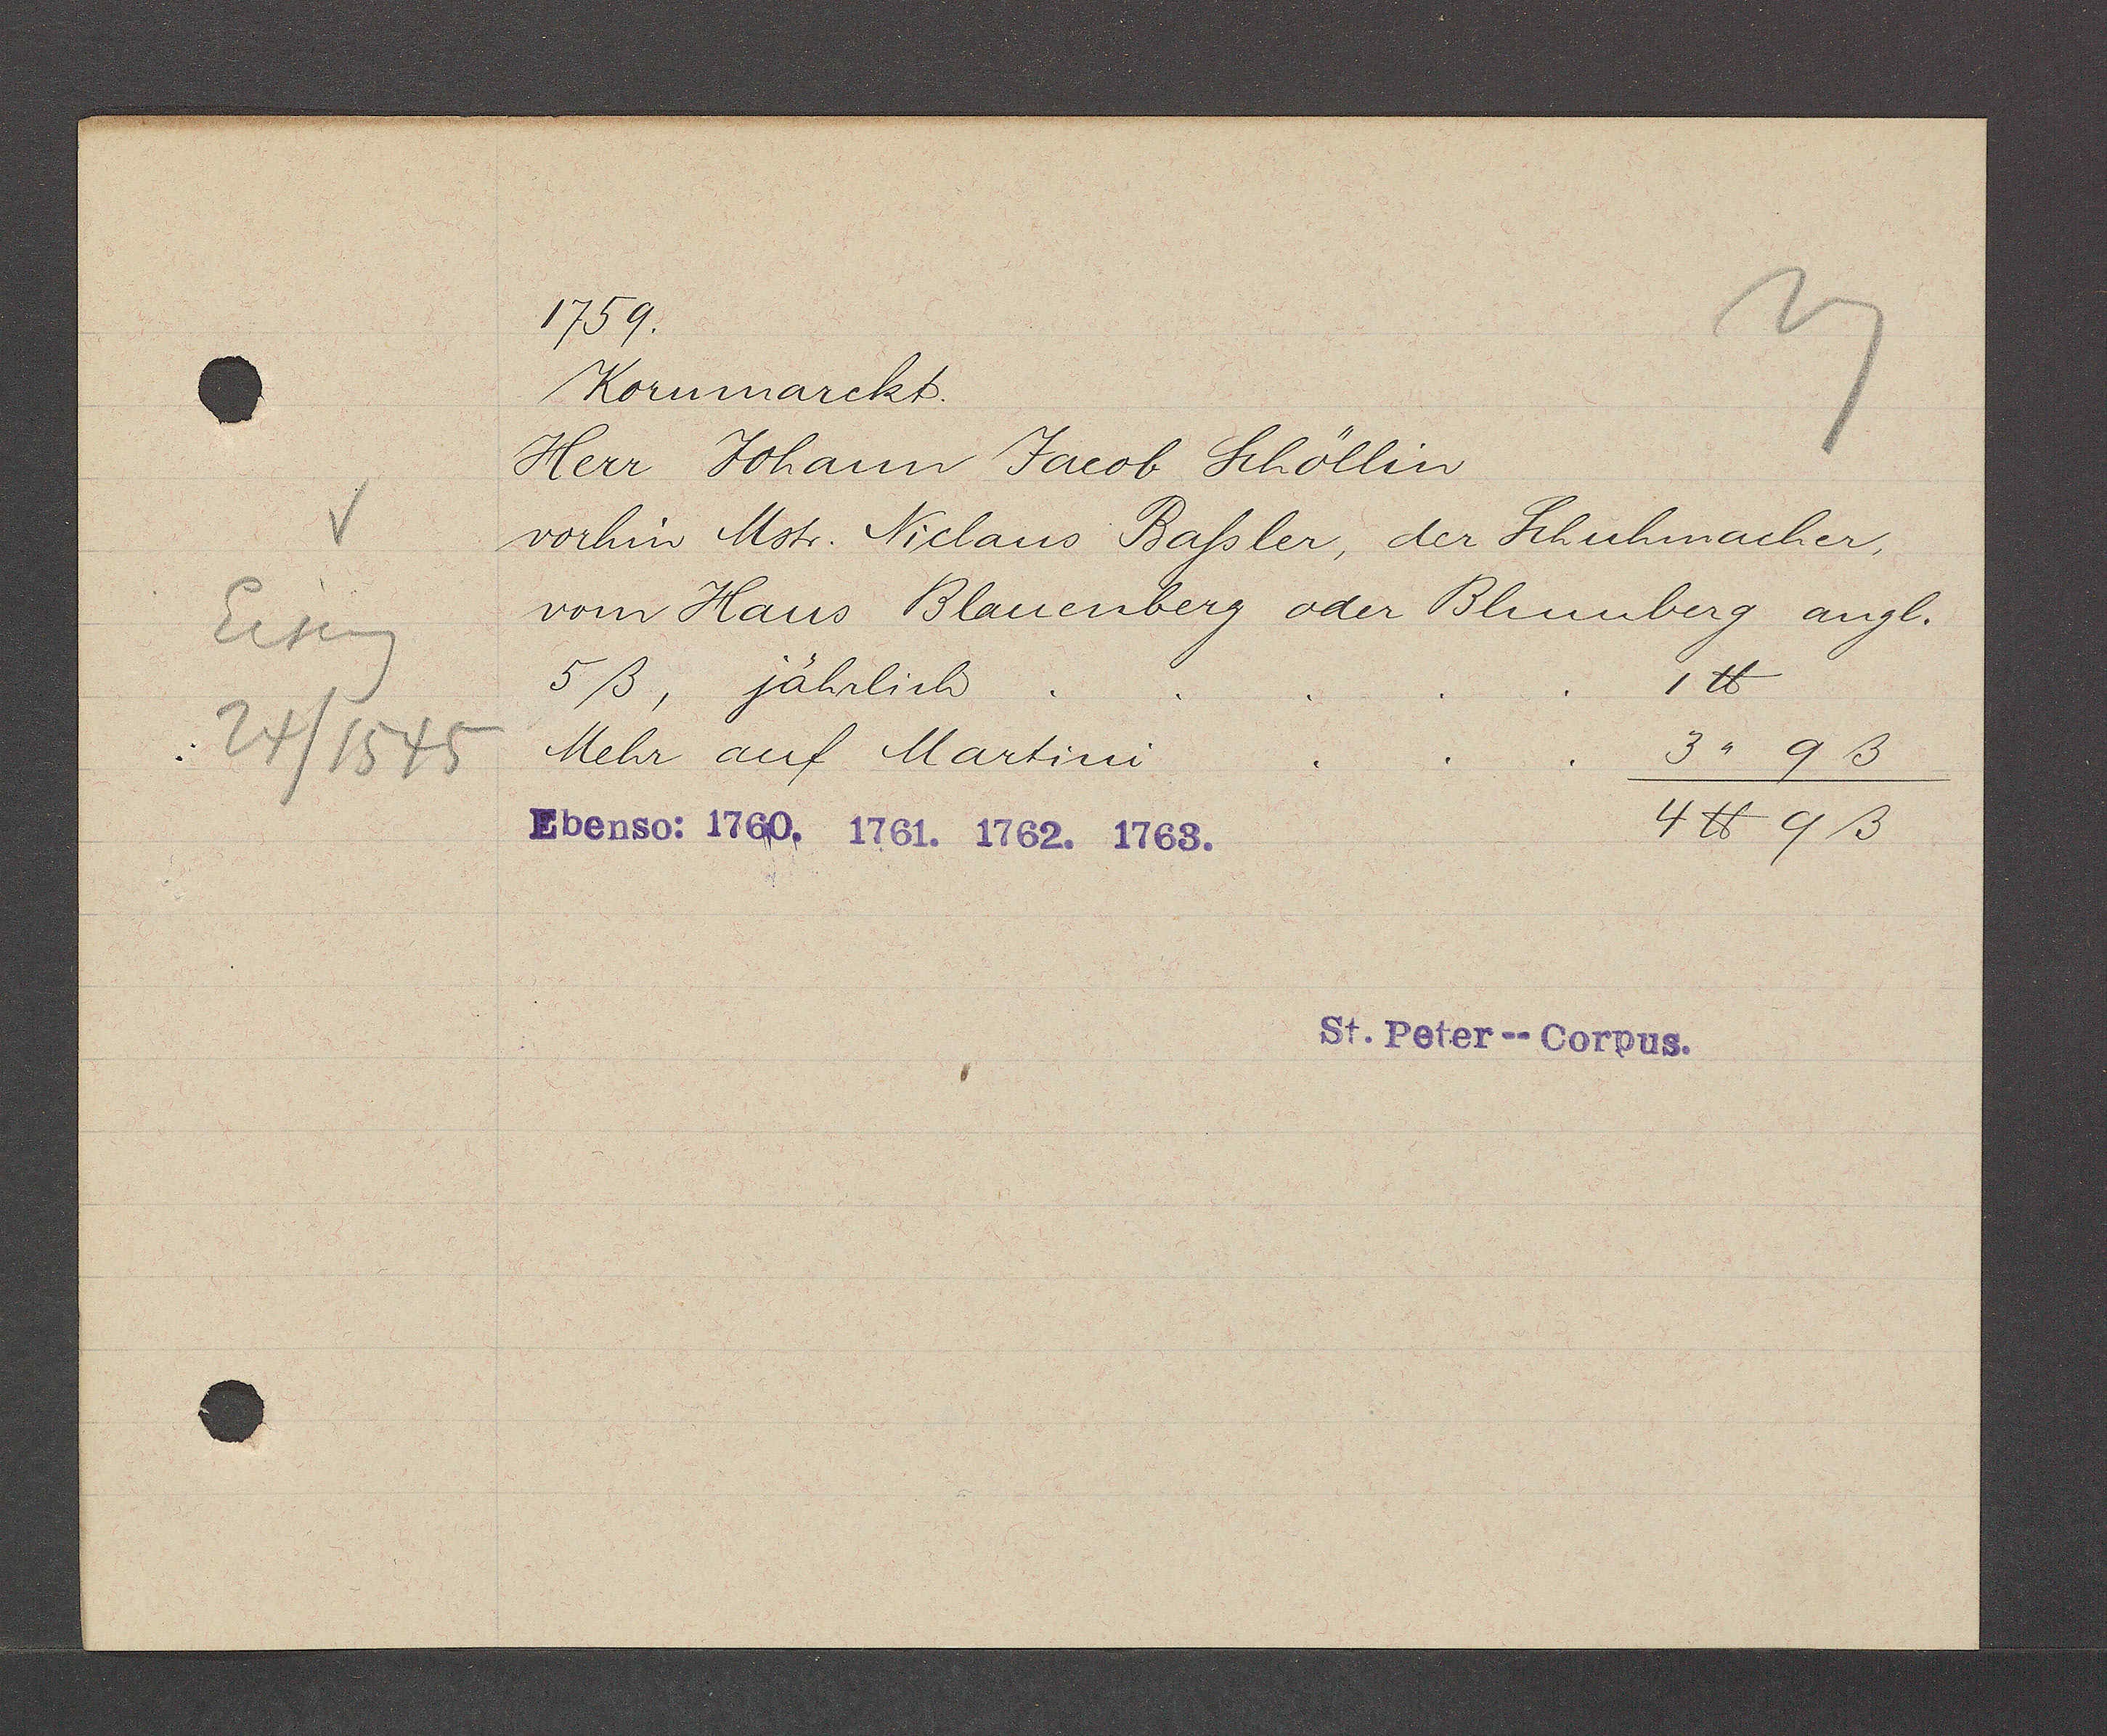
Transcript:
Eiseng
24/1545

1759.
Kornmarckt.
Herr Johann Jacob Schöllin
vorhin Mstr. Niclaus Baßler, der Schuhmacher,
vom Haus Blauenberg oder Blumberg augl.
5ß, jährlich . . . . . 1℔
Mehr auf Martini . . . 3 " 9 ß
4℔ 9ß